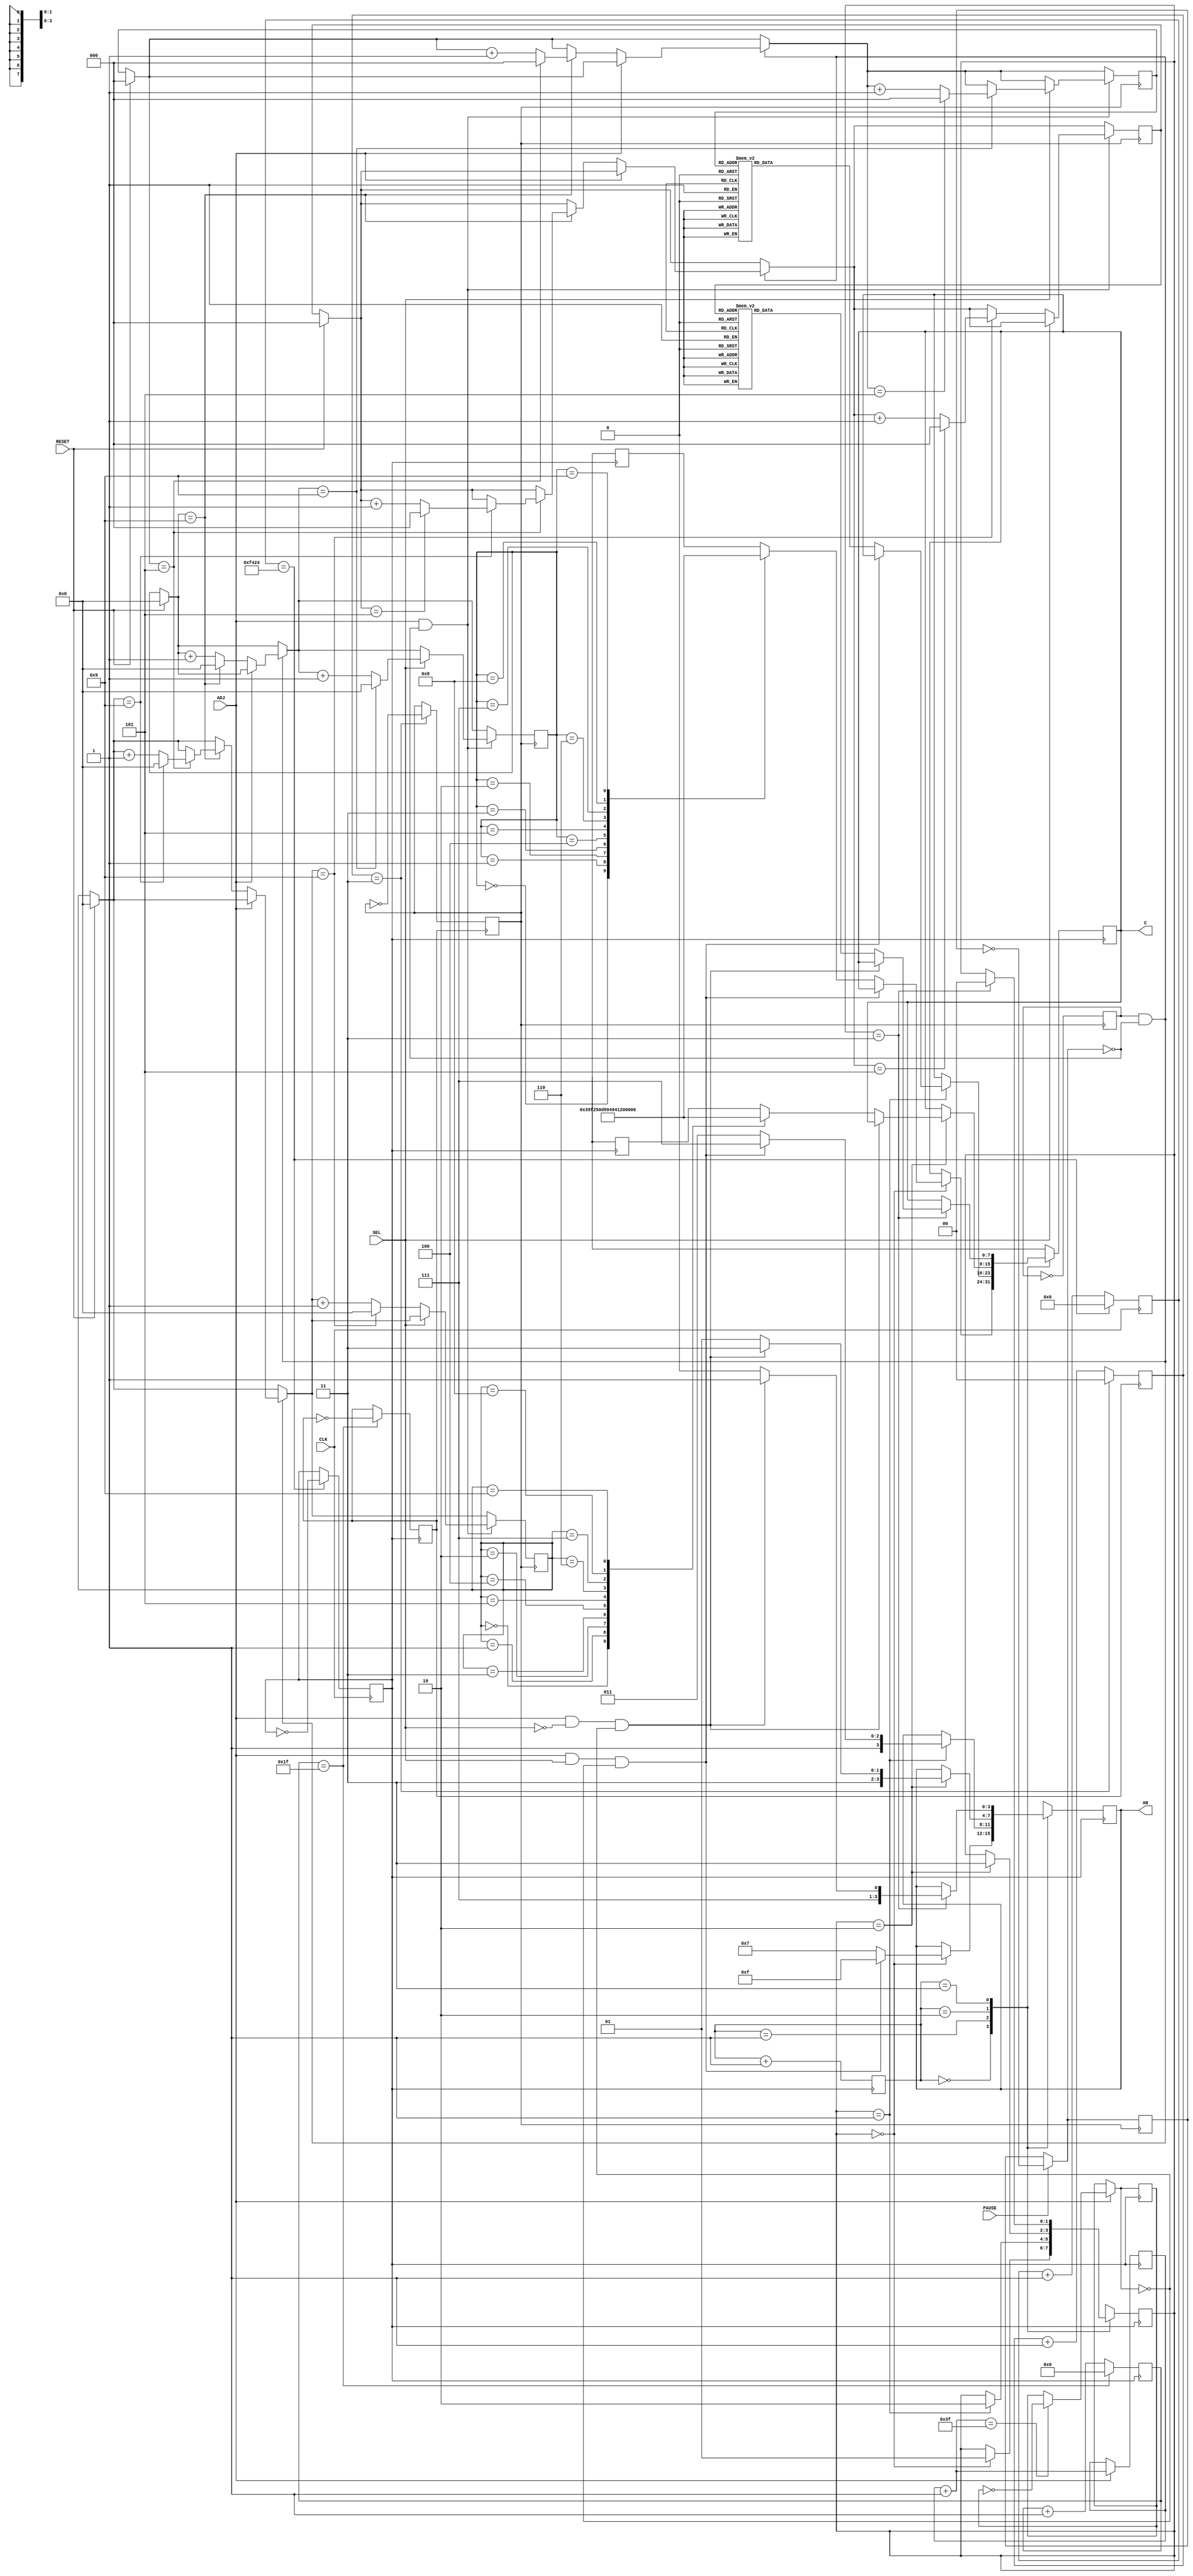
module stopwatch (CLK, SEL, ADJ, RESET, PAUSE, AN, C);

// Input declaration
input wire CLK;   // INPUT: Master Clock signal
input wire ADJ;   // INPUT: When the ADJ input is set to logic high, the clock is in adjustment mode. 
input wire SEL;   // INPUT: SEL is a select switch which will choose minutes or seconds in the adjusting mode.
input wire RESET; // INPUT: RESET will force all of your counters to the initial state 00:00.
input wire PAUSE; // INPUT: PAUSE will pause the counter when the button is pressed, and continue the counter if it is pressed again

// Output declaration
output reg [0:3] AN; // OUTPUT: LED number selector, (least significant -> most significant) ==> (AN[0] -> AN[3])
output reg [0:7] C;  // OUTPUT: 7-segment individual segment selector, (CA, CB, CC, CD, CE, CF, CG, DP) ==> (C[0], C[1], ..., C[6], C[7])

reg [0:1] digit_select;

reg [0:3] SEC_ones = 4'b0000; // Seconds ones place
reg [0:2] SEC_tens = 3'b000;  // Seconds tens place
reg [0:3] MIN_ones = 4'b0000; // Minutes ones place
reg [0:2] MIN_tens = 3'b000;  // Minutes tens place

reg [0:1] update256 = 2'b00;

// Clock 

reg [0:18] COUNT_256Hz = 19'b0; // Convert 100 MHz -> 256 Hz ==> 1011111010111100001
reg [0:4]  COUNT_8Hz   = 5'b0;  // Convert  256 Hz -> 8 Hz   ==> 11111
reg [0:1]  COUNT_2Hz   = 2'b0;  // Convert    8 Hz -> 2 Hz   ==> 11
reg        COUNT_1Hz   = 1'b0;  // Convert    2 Hz -> 1 Hz   ==> 1

reg CLK_256Hz = 1'b0;  // 256 Hz
reg CLK_8Hz   = 1'b0;  // 8 Hz
reg CLK_2Hz   = 1'b0;  // 2 Hz
reg CLK_1Hz   = 1'b0;  // 1 Hz

reg [0:5] blink_count = 6'b0;
reg BLINK = 1'b0;

reg paused = 1'b0;

always @(posedge(CLK)) begin

    if (COUNT_256Hz == 19'b1111010000100100) begin
        CLK_256Hz = ~CLK_256Hz;
        COUNT_256Hz = 19'b0;
    end else begin
        COUNT_256Hz = COUNT_256Hz + 1;
    end

end

always @(posedge(CLK_256Hz)) begin

    if (COUNT_8Hz == 5'b11111) begin
        CLK_8Hz = ~CLK_8Hz;
        COUNT_8Hz = 5'b0;
    end else begin
        COUNT_8Hz = COUNT_8Hz + 1;
    end
    
end

always @(posedge(CLK_8Hz)) begin

    if (COUNT_2Hz == 2'b11) begin
        CLK_2Hz = ~CLK_2Hz;
        COUNT_2Hz = 2'b0;
    end else begin
        COUNT_2Hz = COUNT_2Hz + 1;
    end

end

// Counter 
always @(posedge(CLK_2Hz)) begin

    if (RESET == 1) begin
    
        SEC_ones = 4'b0000;
        SEC_tens = 3'b000;
        MIN_ones = 4'b0000;
        MIN_tens = 3'b000;
        
    end
    
    if (PAUSE == 1) begin
        paused = ~paused;
    end

    if (COUNT_1Hz == 1'b1 && paused == 0) begin // Technically every 1 Hz
        CLK_1Hz = ~CLK_1Hz;
    
        if (ADJ == 0) begin
        
            if (SEC_ones == 4'b1001) begin
                SEC_ones = 4'b0000;
                
                if (SEC_tens == 3'b101) begin
                    SEC_tens = 3'b000;
                
                    if (MIN_ones == 4'b1001) begin
                        MIN_ones = 4'b0000;
                    
                        if (MIN_tens == 3'b101) begin
                            MIN_tens = 3'b000;
                        
                        end else begin
                            MIN_tens = MIN_tens + 1;
                        end
                    
                    end else begin
                        MIN_ones = MIN_ones + 1;
                    end
                
                end else begin
                    SEC_tens = SEC_tens + 1;
                end
                
            end else begin
                SEC_ones = SEC_ones + 1;
            end
        
        end
        
    end

    COUNT_1Hz = ~COUNT_1Hz;
    
    if (ADJ == 1 && paused == 0) begin
    
        if (SEL == 1) begin
        
            if (SEC_ones == 4'b1001) begin
                SEC_ones = 4'b0000;
            
                if (SEC_tens == 3'b101) begin
                    SEC_tens = 3'b000;
                
                end else begin
                    SEC_tens = SEC_tens + 1;
                end
            
            end else begin
                SEC_ones = SEC_ones + 1;
            end
        
        end else begin
        
            if (MIN_ones == 4'b1001) begin
                MIN_ones = 4'b0000;
            
                if (MIN_tens == 3'b101) begin
                    MIN_tens = 3'b000;
                
                end else begin
                    MIN_tens = MIN_tens + 1;
                end
            
            end else begin
                MIN_ones = MIN_ones + 1;
            end
        
        end
    
    end

end

// change the sensitivity list to whenever the secs. minutes changes rather than this 
always @(posedge(CLK_256Hz)) begin

    if (ADJ == 1) begin
        blink_count = blink_count + 1;
        if (blink_count == 6'b111111) begin
            BLINK = ~BLINK;
        end
        
    end

    case (digit_select)
    
    2'b00 : begin 
        if (update256 == 2'b00) begin
            if (ADJ == 1 && SEL == 1 && ~BLINK) begin
                AN = 4'b1111;
            end else begin
                AN = 4'b0111; 
                C = numToDisplay(SEC_ones); 
            end
            update256 = 2'b01;
        end
    end
    
    2'b01 : begin 
        if (update256 == 2'b01) begin
            if (ADJ == 1 && SEL == 1 && ~BLINK) begin
                AN = 4'b1111;
            end else begin
                AN = 4'b1011; 
                C = numToDisplay(threeToFourBit(SEC_tens));
            end
            update256 = 2'b10;
        end
    end
    
    2'b10 : begin  
        if (update256 == 2'b10) begin
            if (ADJ == 1 && SEL == 0 && ~BLINK) begin
                AN = 4'b1111;
            end else begin
                AN = 4'b1101; 
                C = numToDisplay(MIN_ones);
            end
            update256 = 2'b11;
        end
    end
    
    2'b11 : begin  
        if (update256 == 2'b11) begin
            if (ADJ == 1 && SEL == 0 && ~BLINK) begin
                AN = 4'b1111;
            end else begin
                AN = 4'b1110; 
                C = numToDisplay(threeToFourBit(MIN_tens));
            end
            update256 = 2'b00;
        end
    end
    
    endcase
    
    digit_select = digit_select + 1;

end

function [0:3] threeToFourBit;
input [0:2] num;

    threeToFourBit = {0, num};

endfunction

// Seven-Segment Display 

function [0:7] numToDisplay;
input [0:3] num;

    case (num)
    
    4'b0000 : numToDisplay = 8'b00000011;   // Display 0
    
    4'b0001 : numToDisplay = 8'b10011111;   // Display 1
    
    4'b0010 : numToDisplay = 8'b00100101;   // Display 2
    
    4'b0011 : numToDisplay = 8'b00001101;   // Display 3
		
    4'b0100 : numToDisplay = 8'b10011001;   // Display 4
    
    4'b0101 : numToDisplay = 8'b01001001;   // Display 5
    
    4'b0110 : numToDisplay = 8'b01000001;   // Display 6
    
    4'b0111 : numToDisplay = 8'b00011111;   // Display 7
    
    4'b1000 : numToDisplay = 8'b00000001;   // Display 8
    
    4'b1001 : numToDisplay = 8'b00001001;   // Display 9
    
    endcase

endfunction


// Debouncers


endmodule